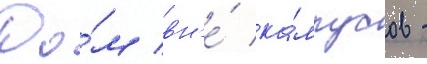
До́м вн'е́ ка́мпусов -